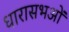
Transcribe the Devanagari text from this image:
धारासभओं